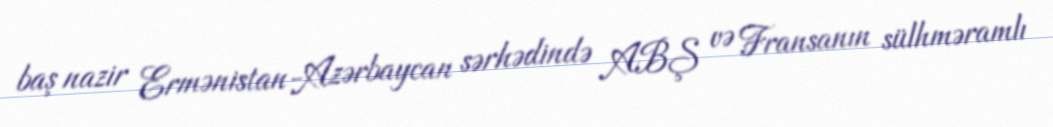
baş nazir Ermənistan-Azərbaycan sərhədində ABŞ və Fransanın sülhməramlı